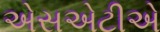
એસએટીએ